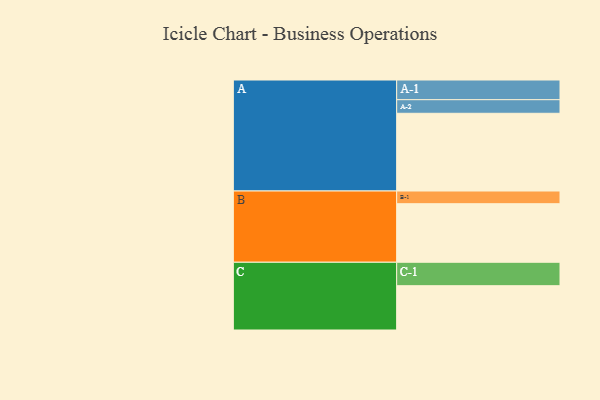
{"axis": {"x": "Segment", "y": "Value"}, "legend": ["", "A", "B", "C"], "data": [{"x": "A", "y": 600, "type": ""}, {"x": "B", "y": 452, "type": ""}, {"x": "C", "y": 342, "type": ""}, {"x": "A-1", "y": 152, "type": "A"}, {"x": "A-2", "y": 105, "type": "A"}, {"x": "B-1", "y": 98, "type": "B"}, {"x": "C-1", "y": 181, "type": "C"}]}